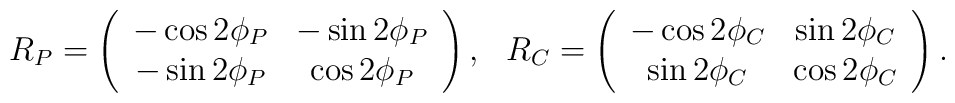
\begin{array}{cc}R_P = \left( \begin{array}{cc}-\cos 2\phi_P & -\sin 2\phi_P \\-\sin 2\phi_P & \cos 2\phi_P\end{array} \right),&R_C = \left( \begin{array}{cc}-\cos 2\phi_C & \sin 2\phi_C \\\sin 2\phi_C & \cos 2\phi_C\end{array} \right).\end{array}